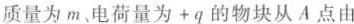
质量为m，电荷量为+q的物块从A点由